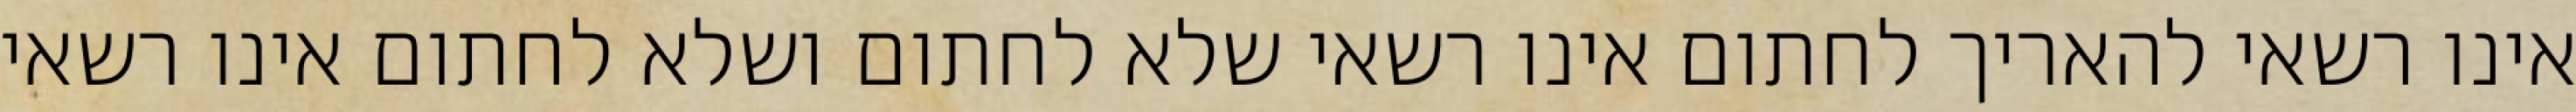
אינו רשאי להאריך לחתום אינו רשאי שלא לחתום ושלא לחתום אינו רשאי